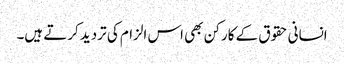
انسانی حقوق کے کارکن بھی اس الزام کی تردید کرتے ہیں۔